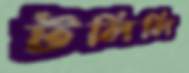
টলিলি